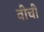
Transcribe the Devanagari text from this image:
वीची